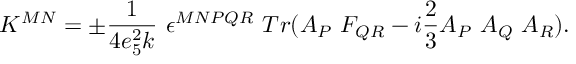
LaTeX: K ^ { M N } = \pm \frac { 1 } { 4 e _ { 5 } ^ { 2 } k } \ \epsilon ^ { M N P Q R } \ T r ( A _ { P } \ F _ { Q R } - i \frac { 2 } { 3 } A _ { P } \ A _ { Q } \ A _ { R } ) .